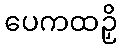
ပေကထဉှိ